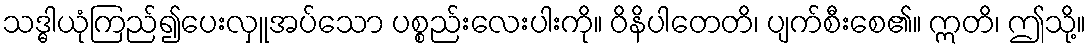
သဒ္ဓါယုံကြည်၍ပေးလှူအပ်သော ပစ္စည်းလေးပါးကို။ ဝိနိပါတေတိ၊ ပျက်စီးစေ၏။ ဣတိ၊ ဤသို့။